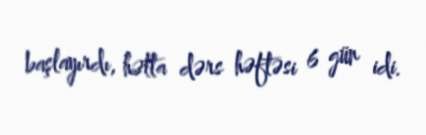
başlayırdı, hətta dərs həftəsi 6 gün idi.